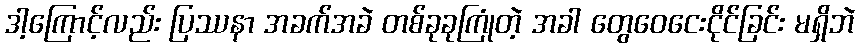
ဒါ့ကြောင့်လည်း ပြဿနာ အခက်အခဲ တစ်ခုခုကြုံတဲ့ အခါ တွေဝေငေးငိုင်ခြင်း မရှိဘဲ